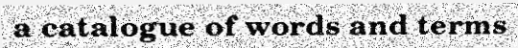
a catalogue of words and terms